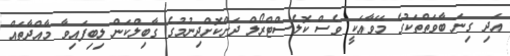
އަދި ގިނަ ބާވަތްތަކުގެ މޭވާއަކީ ވެސް ކޮލެސްޓްރޯލް ދަށްކޮށްދިނުމުގެ ގާބިލްކަން ލިބިފައިވާ މާއްދާތައް